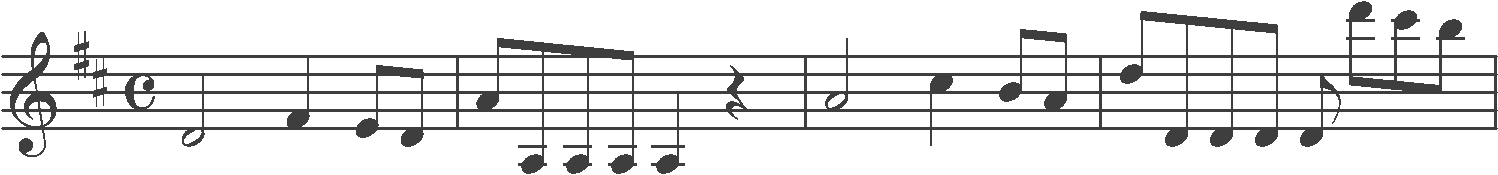
Transcription: clef-G2 keySignature-DM timeSignature-C note-D4_half note-F#4_quarter note-E4_eighth note-D4_eighth barline note-A4_eighth note-A3_eighth note-A3_eighth note-A3_eighth note-A3_quarter rest-quarter barline note-A4_half note-C#5_quarter note-B4_eighth note-A4_eighth barline note-D5_eighth note-D4_eighth note-D4_eighth note-D4_eighth note-D4_eighth note-D6_eighth note-C#6_eighth note-B5_eighth barline